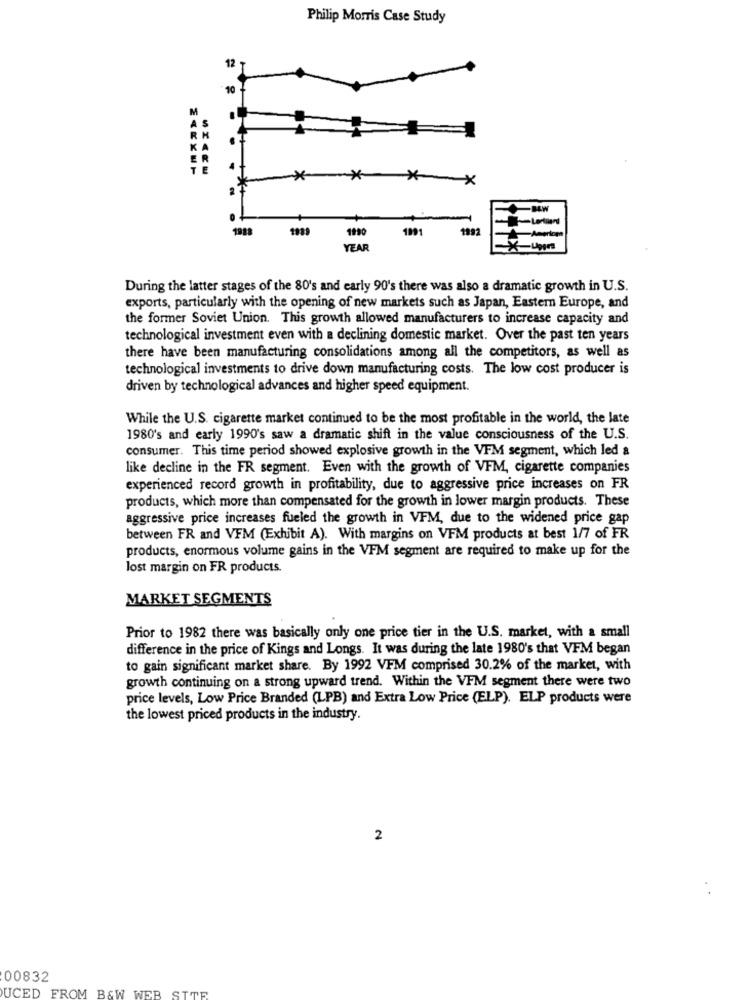
Philip Morris Case Study
*
Xx
Lentiland
1988
1989
1990
199
1992
-Ameriom
YEAR
During the latter stages of the 80's and early 90's there was also a dramatic growth in U.S.
exports, particularly with the opening of new markets such as Japan, Eastern Europe, and
the former Soviet Union. This growth allowed manufacturers to increase capacity and
technological investment even with a declining domestic market. Over the past ten years
there have been manufacturing consolidations among all the competitors, as well as
technological investments to drive down manufacturing costs. The low cost producer is
driven by technological advances and higher speed equipment.
While the U.S. cigarette market continued to be the most profitable in the world, the late
1980's and early 1990's saw a dramatic shift in the value consciousness of the U.S.
consumer. This time period showed explosive growth in the VFM segment, which led a
like decline in the FR segment. Even with the growth of VFM, cigarette companies
experienced record growth in profitability, due to aggressive price increases on FR
products, which more than compensated for the growth in lower margin products. These
aggressive price increases fueled the growth in VFM, due to the widened price gap
between FR and VFM (Exhibit A). With margins on VFM products at best 1/7 of FR
products, enormous volume gains in the VFM segment are required to make up for the
lost margin on FR products.
MARKET SEGMENTS
Prior to 1982 there was basically only one price tier in the U.S. market, with a small
difference in the price of Kings and Longs. It was during the late 1980's that VFM began
to gain significant market share. By 1992 VFM comprised 30.2% of the market, with
growth continuing on a strong upward trend. Within the VFM segment there were two
price levels, Low Price Branded (LPB) and Extra Low Price (ELP). ELP products were
the lowest priced products in the industry.
2
00832
UCED FROM B&W WEB SITE